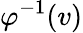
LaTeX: \varphi^{-1}(v)